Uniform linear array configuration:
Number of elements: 32
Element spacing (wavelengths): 0.5
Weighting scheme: hamming
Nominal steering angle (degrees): -30
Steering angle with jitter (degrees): -29.213
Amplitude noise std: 0.05
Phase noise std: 0.05

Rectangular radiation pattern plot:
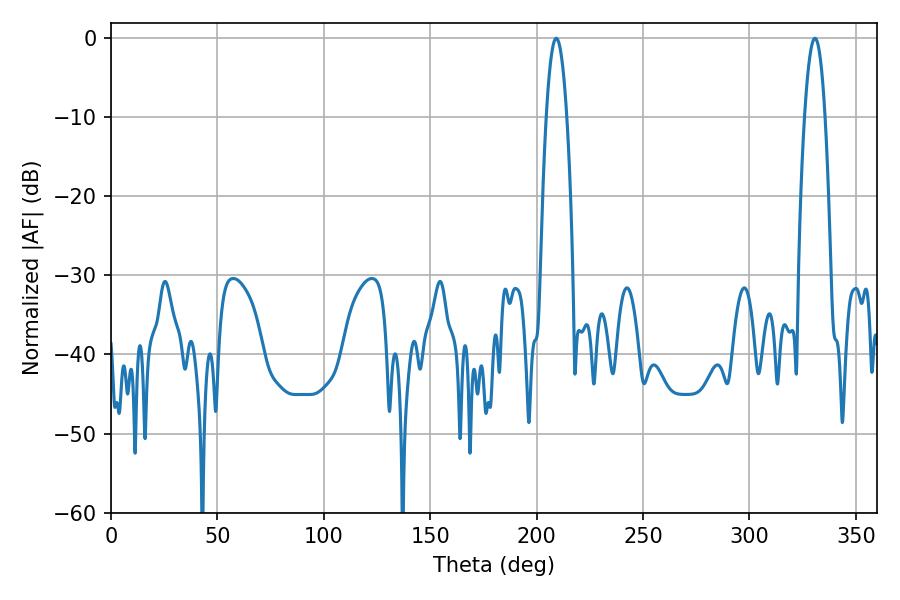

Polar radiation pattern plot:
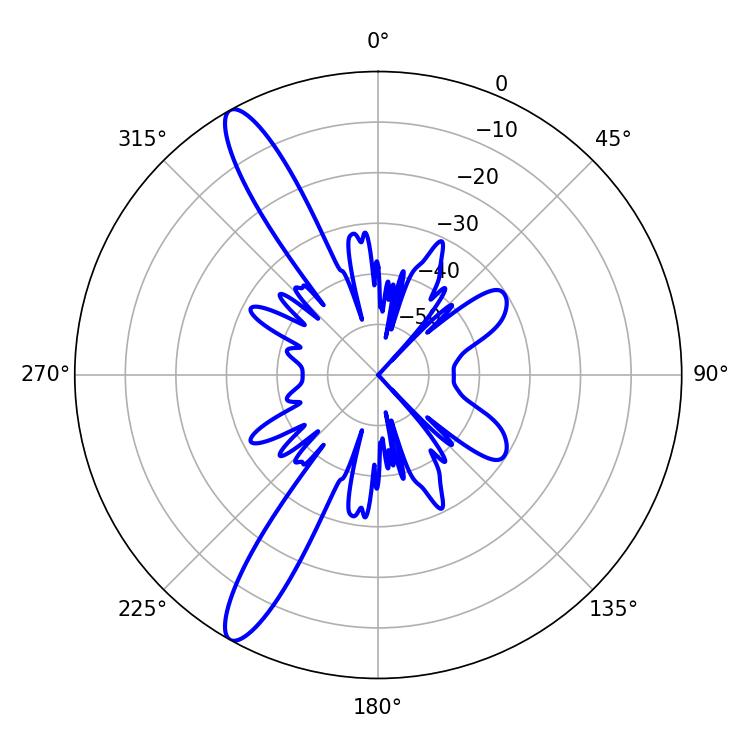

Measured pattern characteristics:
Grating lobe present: FALSE
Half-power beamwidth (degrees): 5.22
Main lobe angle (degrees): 209.16